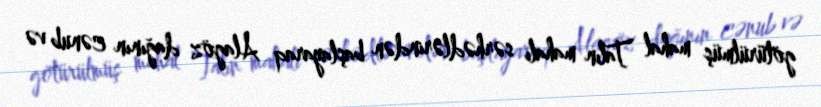
götürülmüş mahal Talın mahalı sərhədlərindən başlayaraq Alagöz dağının cənub və